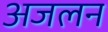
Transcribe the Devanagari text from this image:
अजलन